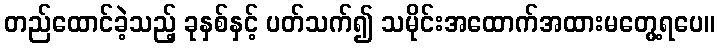
တည်ထောင်ခဲ့သည့် ခုနှစ်နှင့် ပတ်သက်၍ သမိုင်းအထောက်အထားမတွေ့ရပေ။